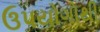
ઉપયોગોથી